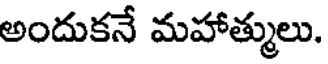
అందుకనే మహాత్ములు.